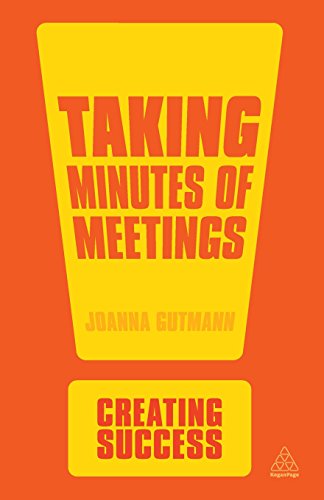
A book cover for Taking Minutes of Meetings (Creating Success); Joanna Gutmann; Business & Money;